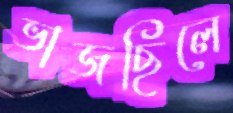
ভাজছিলে